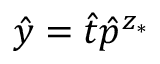
\hat { y } = \hat { t } \hat { p } ^ { z _ { * } }